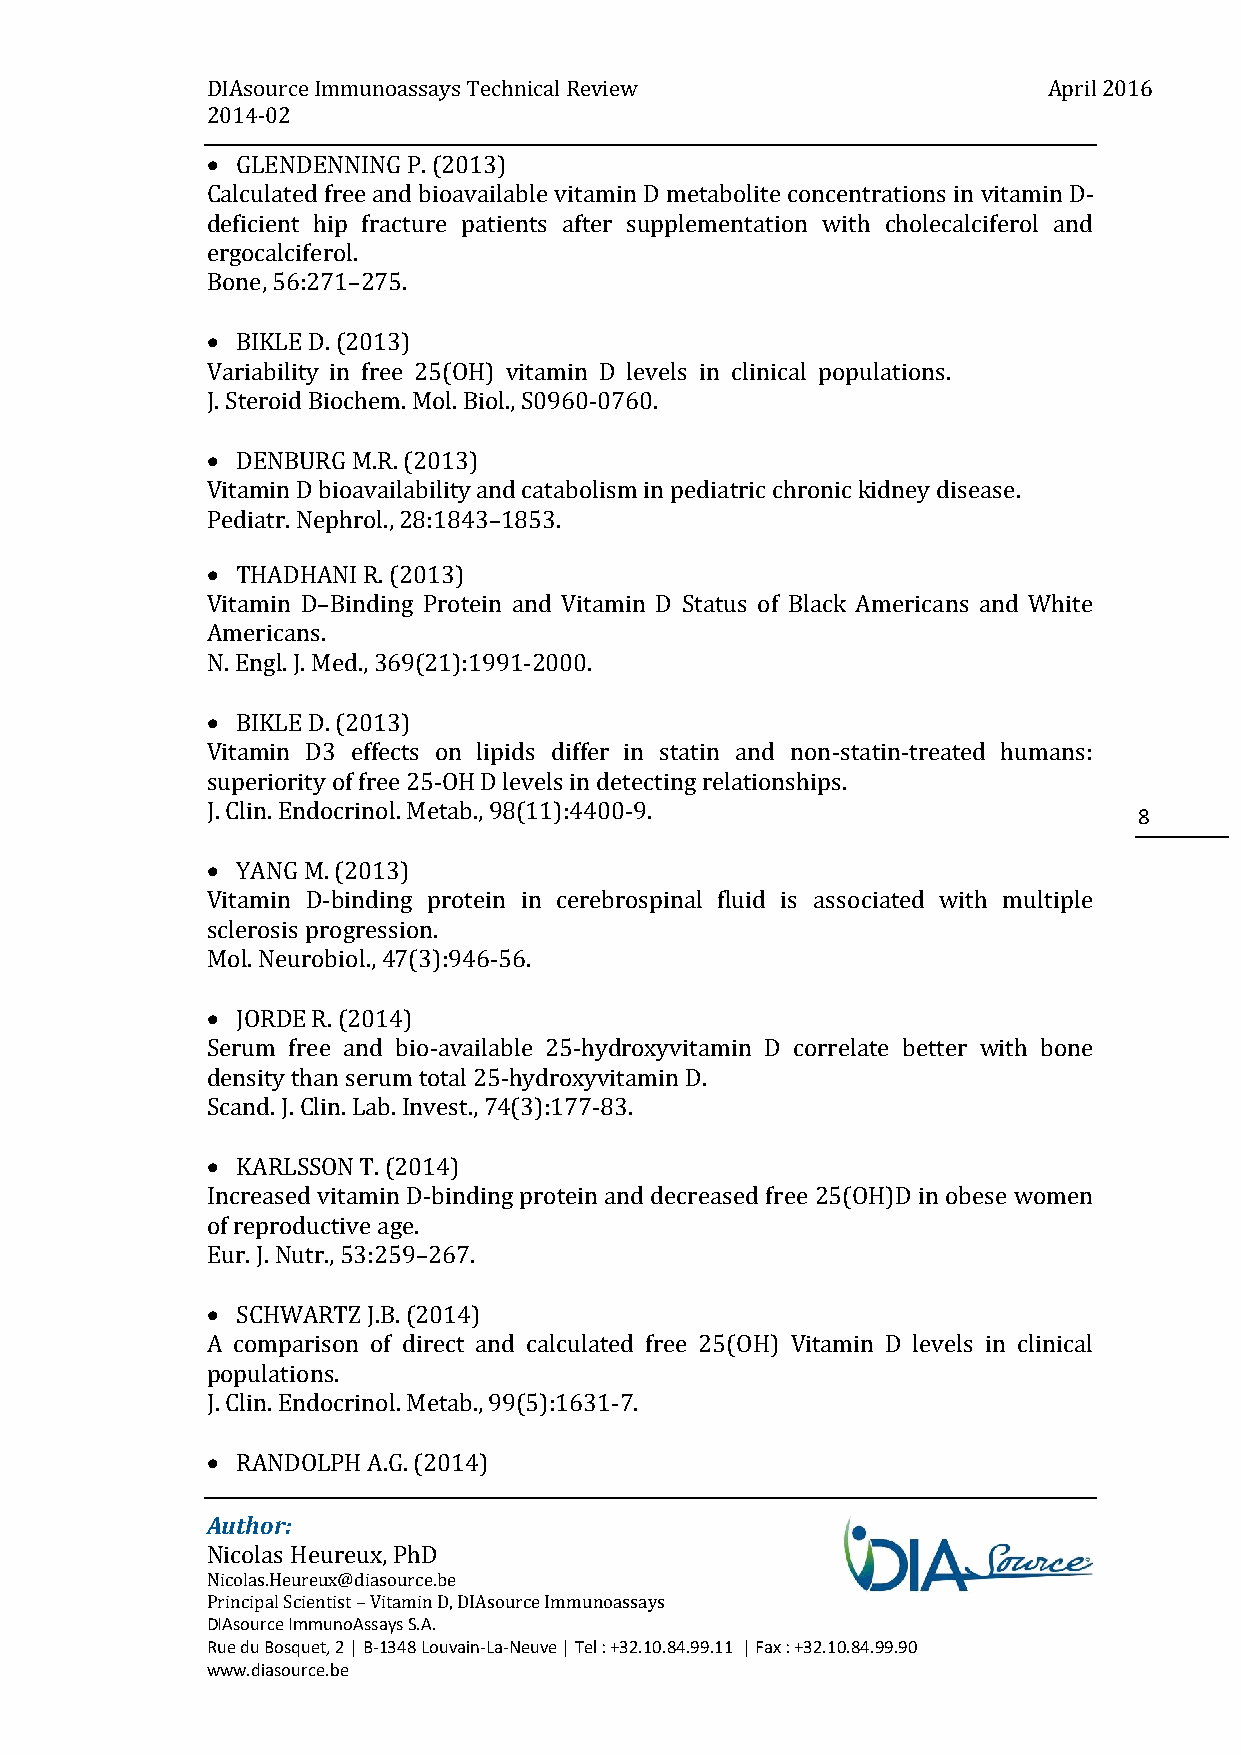
DIAsource Immunoassays Technical Review                April 2016
 2014-02
  GLENDENNING P. (2013)
 Calculated free and bioavailable vitamin D metabolite concentrations in vitamin D-
 deficient hip fracture patients after supplementation with cholecalciferol and
 ergocalciferol.
 Bone, 56:271–275.
  BIKLE D. (2013)
 Variability in free 25(OH) vitamin D levels in clinical populations.
 J. Steroid Biochem. Mol. Biol., S0960-0760.
  DENBURG M.R. (2013)
 Vitamin D bioavailability and catabolism in pediatric chronic kidney disease.
 Pediatr. Nephrol., 28:1843–1853.
  THADHANI R. (2013)
 Vitamin D–Binding Protein and Vitamin D Status of Black Americans and White
 Americans.
 N. Engl. J. Med., 369(21):1991-2000.
  BIKLE D. (2013)
 Vitamin D3 effects on lipids differ in statin and non-statin-treated humans:
 superiority of free 25-OH D levels in detecting relationships.
 J. Clin. Endocrinol. Metab., 98(11):4400-9.
 8
  YANG M. (2013)
 Vitamin D-binding protein in cerebrospinal fluid is associated with multiple
 sclerosis progression.
 Mol. Neurobiol., 47(3):946-56.
  JORDE R. (2014)
 Serum free and bio-available 25-hydroxyvitamin D correlate better with bone
 density than serum total 25-hydroxyvitamin D.
 Scand. J. Clin. Lab. Invest., 74(3):177-83.
  KARLSSON T. (2014)
 Increased vitamin D-binding protein and decreased free 25(OH)D in obese women
 of reproductive age.
 Eur. J. Nutr., 53:259–267.
  SCHWARTZ J.B. (2014)
 A comparison of direct and calculated free 25(OH) Vitamin D levels in clinical
 populations.
 J. Clin. Endocrinol. Metab., 99(5):1631-7.
  RANDOLPH A.G. (2014)
 Author:
 Nicolas Heureux, PhD
 Nicolas.Heureux@diasource.be
 Principal Scientist – Vitamin D, DIAsource Immunoassays
 DIAsource ImmunoAssays S.A.
 Rue du Bosquet, 2 | B-1348 Louvain-La-Neuve | Tel : +32.10.84.99.11 | Fax : +32.10.84.99.90
 www.diasource.be